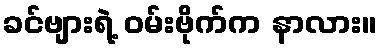
ခင်ဗျားရဲ့ ဝမ်းဗိုက်က နာလား။